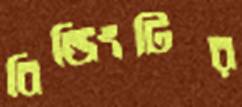
বিল্ডিংটির